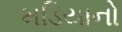
મડિયાનો